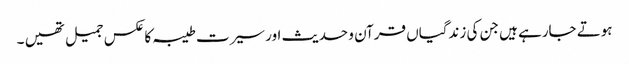
ہوتے جارہے ہیں جن کی زندگیاں قرآن و حدیث اور سیرت طیبہ کا عکس جمیل تھیں ۔